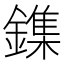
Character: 鏶